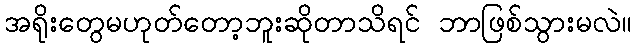
အရိုးတွေမဟုတ်တော့ဘူးဆိုတာသိရင် ဘာဖြစ်သွားမလဲ။